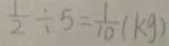
\frac { 1 } { 2 } \div 5 = \frac { 1 } { 1 0 } ( k g )